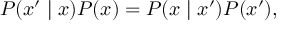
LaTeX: P ( x ^ { \prime } \mid x ) P ( x ) = P ( x \mid x ^ { \prime } ) P ( x ^ { \prime } ) ,